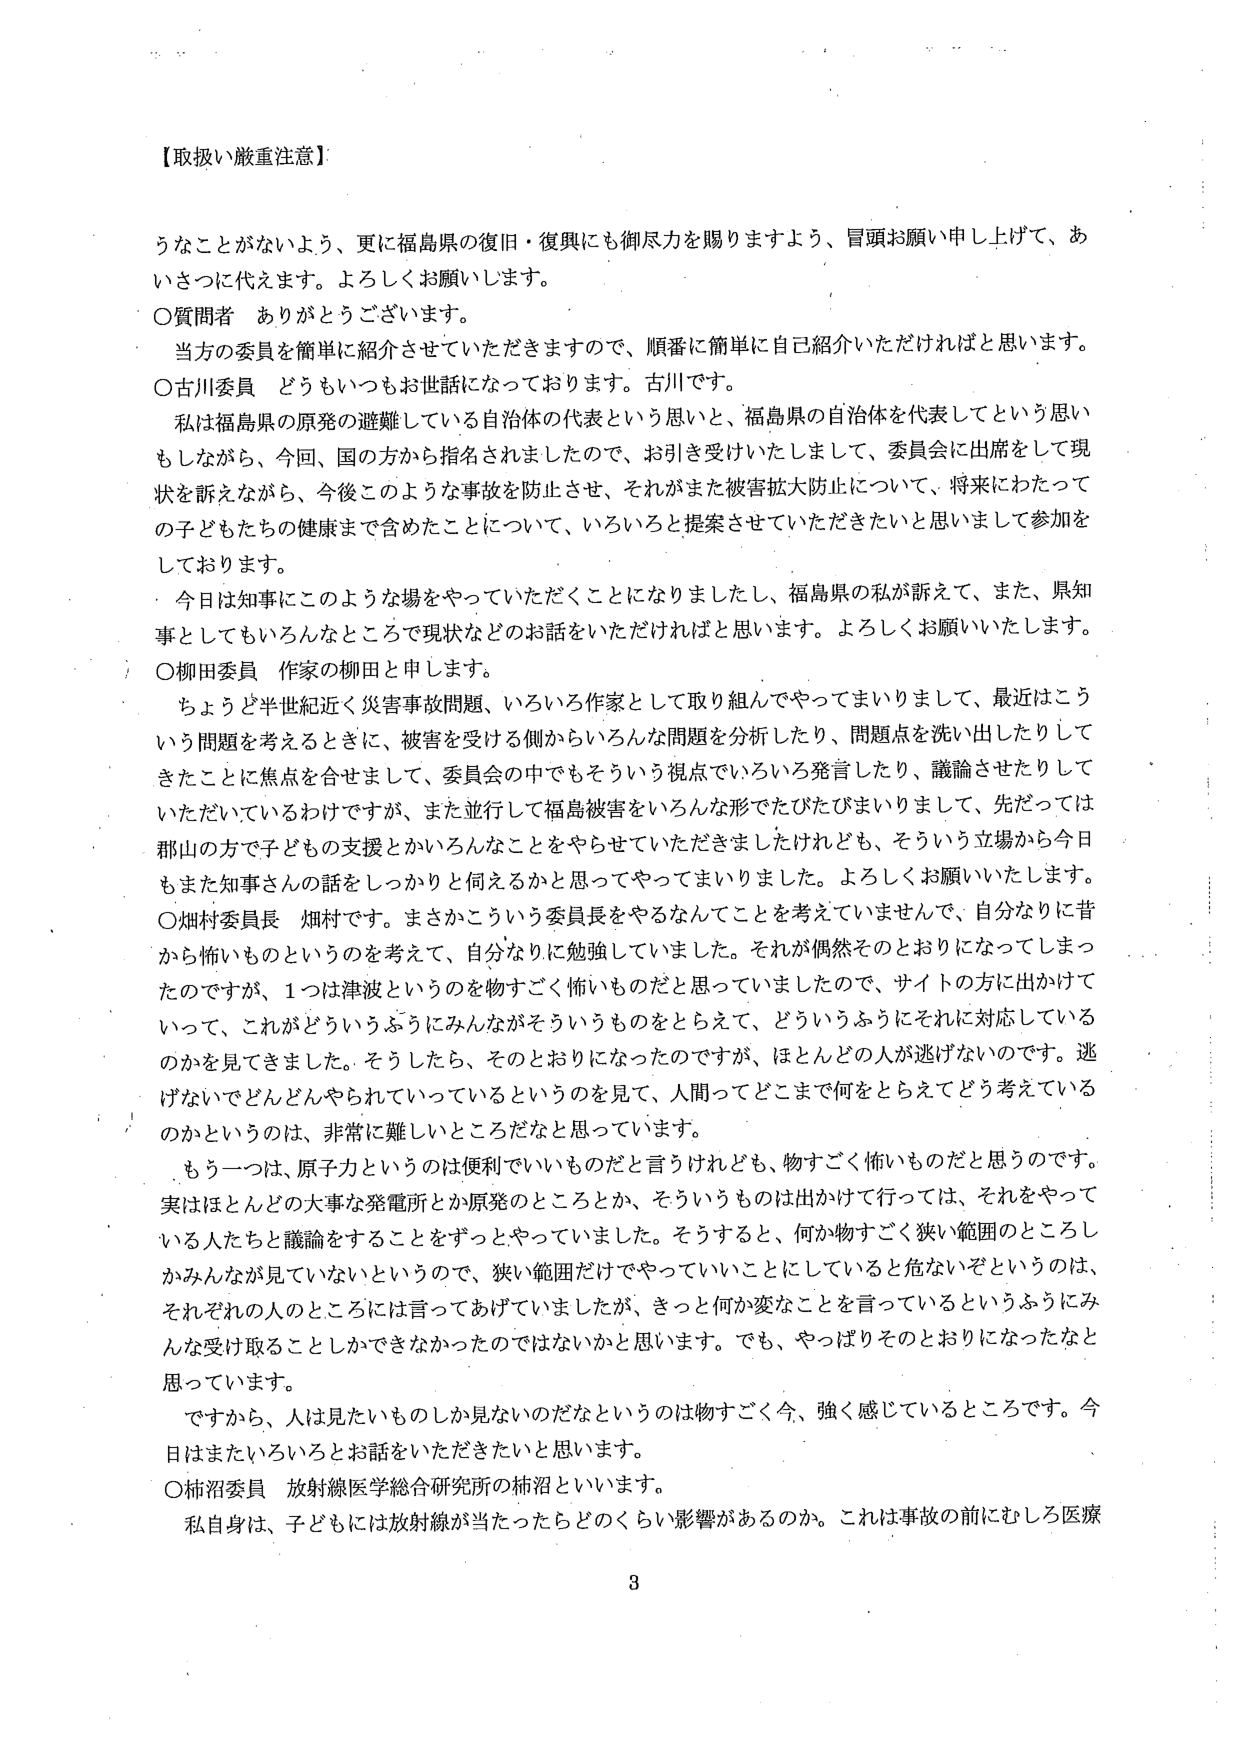
【取扱い厳重注意】

うなことがないよう、更に福島県の復旧・復興にも御尽力を賜りますよう、冒頭お願い申し上げて、あいさつに代えます。よろしくお願いします。

〇質問者　ありがとうございます。

　当方の委員を簡単に紹介させていただきますので、順番に簡単に自己紹介いただければと思います。

〇古川委員　どうもいつもお世話になっております。古川です。

　私は福島県の原発の避難している自治体の代表という思いと、福島県の自治体を代表してという思いもしながら、今回、国の方から指名されましたので、お引き受けいたしまして、委員会に出席をして現状を訴えながら、今後このような事故を防止させ、それがまた被害拡大防止について、将来にわたっての子どもたちの健康まで含めたことについて、いろいろと提案させていただきたいと思いますして参加をしております。

　今日は知事にこのような場をやっていただくことになりましたし、福島県の私が訴えて、また、県知事としてもいろんなところで現状などのお話をいただければと思います。よろしくお願いいたします。

〇柳田委員　作家の柳田と申します。

　ちょうど半世紀近く災害事故問題、いろいろ作家として取り組んでやってまいりまして、最近はこういう問題を考えるときに、被害を受ける側からいろんな問題を分析したり、問題点を洗い出したりしてきたことに焦点を合せまして、委員会の中でもそういう視点でいろいろ発言したり、議論させたりしていただいていているわけですが、また並行して福島被害をいろんな形でたびたびまいりまして、先だっては郡山の方で子ども支援とかいろんなことをやらせていただきましたけれども、そういう立場から今日もまた知事さんの話をしっかり何えるかと思ってやってまいりました。よろしくお願いいたします。

〇畑村委員長　畑村です。まさかこういう委員長をやるなんてことを考えていませんで、自分なりに昔から怖いものというのを考えて、自分なりに勉強していました。それが偶然そのとおりになってしまったのですが、1つは津波というのを物すごく怖いものだと思っていましたので、サイトの方に出かけていって、これがどういうふうにみんながそういうものをとらえて、どういうふうにそれに対応しているのかを見てきました。そうしたら、そのとおりになったのですが、ほとんどの人が逃げないのです。逃げないでどんどんやられていくというのを見て、人間ってどこまで何をとらえてどう考えているのかというのは、非常に難しいところだなと思っています。

　もう一つは、原子力というのは便利でいいものだと言うけれども、物すごく怖いものだと思うのです。実はほとんどの大事な発電所とか原発のところとか、そういうものは出かけて行っては、それをやっている人たちと議論をすることをずっとやっていました。そうすると、何か物すごく狭い範囲のところしかみんなが見ていないというので、狭い範囲だけでやっていいことにしていると危ないぞというのは、それぞれの人のところには言ってあげていましたが、きっと何か変なことを言っているというふうにみんな受け取ることしかできなかったのではないかと思います。でも、やっぱりそのとおりになったなと思っています。

　ですから、人は見たいものしか見ないのだなというのは物すごく今、強く感じているところです。今日はまたいろいろとお話しいただきたいと思います。

〇柿沼委員　放射線医学総合研究所の柿沼といいます。

　私自身は、子どもには放射線が当たったらどのくらい影響があるのか。これは事故の前にむしろ医療

3